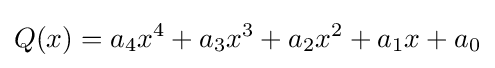
Q(x)=a_{4}x^{4}+a_{3}x^{3}+a_{2}x^{2}+a_{1}x+a_{0}